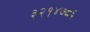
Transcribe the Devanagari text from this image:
३२१४७८६